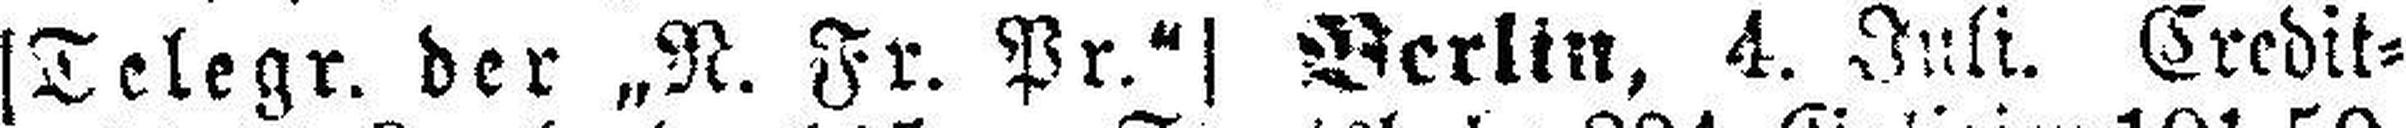
[Telegr. der „N. Fr. Pr.“] Berlin, 4. Juli. Credit¬